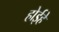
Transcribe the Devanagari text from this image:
होईहे